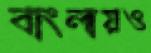
বাংলায়ও